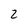
Character: 2